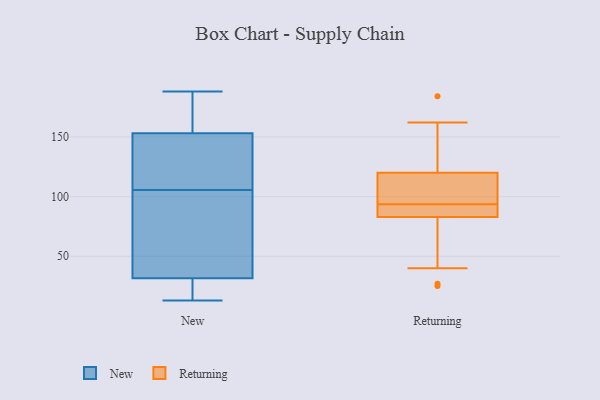
{"axis": {"x": "Conversion Rate (%)", "y": "Value"}, "legend": ["New", "Returning"], "data": [{"x": "", "y": 13, "type": "New"}, {"x": "", "y": 140, "type": "New"}, {"x": "", "y": 160, "type": "New"}, {"x": "", "y": 50, "type": "New"}, {"x": "", "y": 142, "type": "New"}, {"x": "", "y": 71, "type": "New"}, {"x": "", "y": 163, "type": "New"}, {"x": "", "y": 146, "type": "New"}, {"x": "", "y": 27, "type": "New"}, {"x": "", "y": 16, "type": "New"}, {"x": "", "y": 188, "type": "New"}, {"x": "", "y": 36, "type": "New"}, {"x": "", "y": 89, "type": "Returning"}, {"x": "", "y": 83, "type": "Returning"}, {"x": "", "y": 102, "type": "Returning"}, {"x": "", "y": 123, "type": "Returning"}, {"x": "", "y": 120, "type": "Returning"}, {"x": "", "y": 112, "type": "Returning"}, {"x": "", "y": 84, "type": "Returning"}, {"x": "", "y": 162, "type": "Returning"}, {"x": "", "y": 98, "type": "Returning"}, {"x": "", "y": 78, "type": "Returning"}, {"x": "", "y": 184, "type": "Returning"}, {"x": "", "y": 25, "type": "Returning"}, {"x": "", "y": 27, "type": "Returning"}, {"x": "", "y": 86, "type": "Returning"}, {"x": "", "y": 142, "type": "Returning"}, {"x": "", "y": 40, "type": "Returning"}, {"x": "", "y": 85, "type": "Returning"}, {"x": "", "y": 120, "type": "Returning"}]}